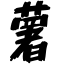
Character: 薯